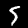
Digit: 5